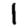
Digit: 1